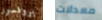
بروفسور معدلات